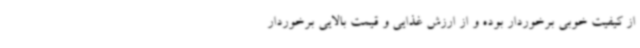
از کیفیت خوبی برخوردار بوده و از ارزش غذایی و قیمت بالایی برخوردار